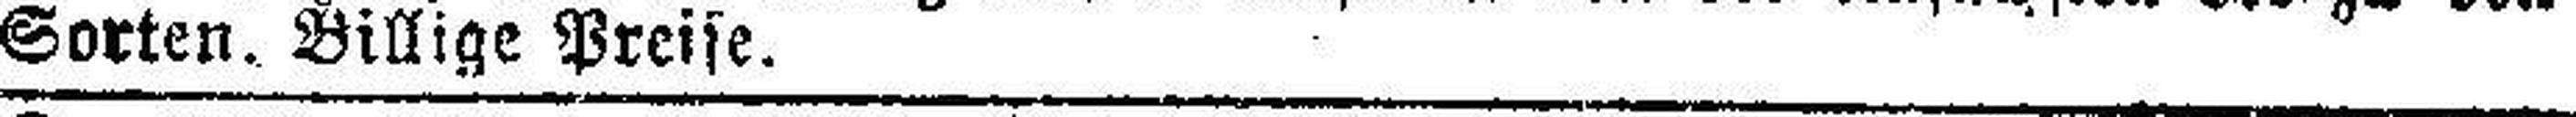
Sorten. Billige Preise.